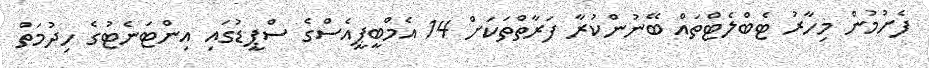
ފެށުމުން މިހާރު ޓެބްލެޓްތައް ބޭނުންކުރާ ފަރާތްތަކަށް 14 އެމްބީޕީއެސްގެ ސްޕީޑުގައި އިންޓަނެޓުގެ ހިދުމަތް